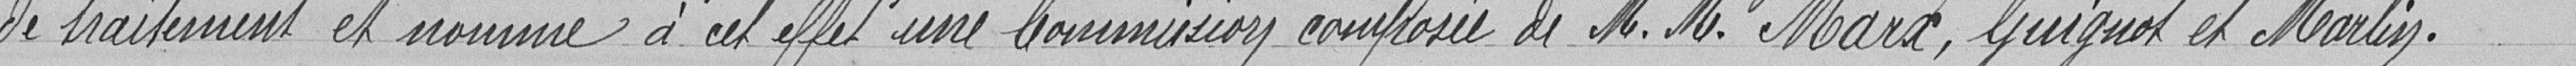
de traitement et nomme à cet effet une commission composée de Messieurs Marx, Guignot et Martin